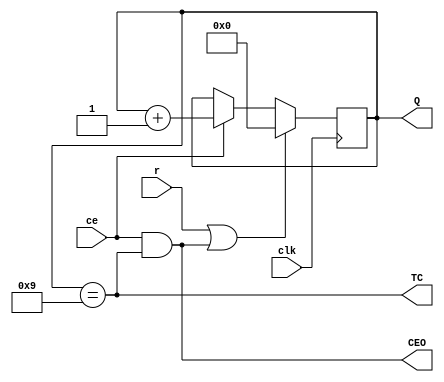
`timescale 1ns / 1ps
//////////////////////////////////////////////////////////////////////////////////
// Company: 
// Engineer: 
// 
// Design Name: 
// Module Name:    VCD4RE 
// Project Name: 
// Target Devices: 
// Tool versions: 
// Description: 
//
// Dependencies: 
//
// Revision: 
// Revision 0.01 - File Created
// Additional Comments: 
//
//////////////////////////////////////////////////////////////////////////////////
module VCD4RE(
    input ce,
    input clk,
    input r,
    output wire TC,
    output wire CEO,
    output reg [3:0] Q = 0
    );
assign TC = (Q == 9);
assign CEO = ce & TC;
always @ (posedge clk) begin
Q <= (r|CEO)?0:ce?Q+1:Q;
end
endmodule